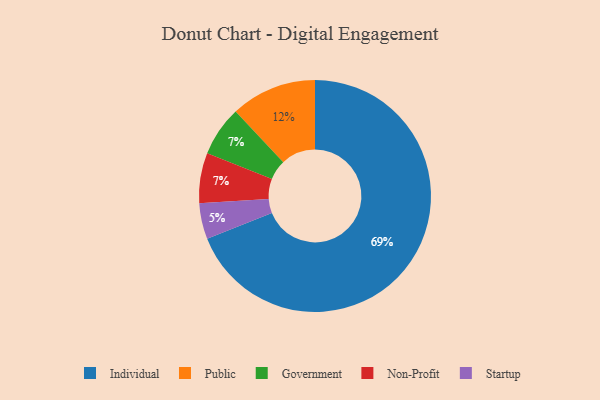
{"axis": {"x": "Category", "y": "Percentage"}, "legend": ["Government", "Individual", "Non-Profit", "Public", "Startup"], "data": [{"x": "Startup", "y": 5, "type": "Startup"}, {"x": "Government", "y": 7, "type": "Government"}, {"x": "Public", "y": 12, "type": "Public"}, {"x": "Non-Profit", "y": 7, "type": "Non-Profit"}, {"x": "Individual", "y": 69, "type": "Individual"}]}